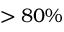
> 8 0 \%